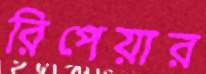
রিপেয়ার